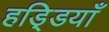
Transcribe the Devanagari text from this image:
हडि्डयाँ